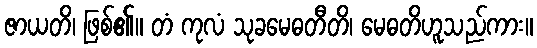
ဇာယတိ၊ ဖြစ်၏။ တံ ကုလံ သုခမေဓတီတိ၊ မေဓတိဟူသည်ကား။